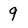
Character: 9